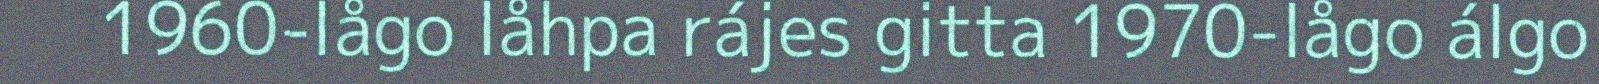
1960-lågo låhpa rájes gitta 1970-lågo álgo